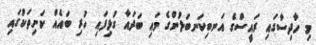
މި ހާދިސާގައި ރައީސްގެ އަނބިކަނބަލުންގެ މައި ބަދައާ ގުޅިފައި ހުރި ބައެއް ކަށިތަކުގައި